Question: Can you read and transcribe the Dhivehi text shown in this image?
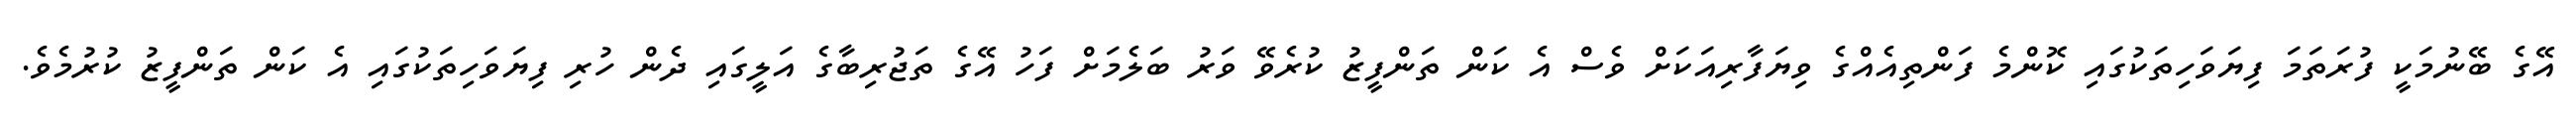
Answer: އޭގެ ބޭނުމަކީ ފުރަތަމަ ފިޔަވަހިތަކުގައި ކޮންމެ ފަންތިއެއްގެ ވިޔަފާރިއަކަށް ވެސް އެ ކަން ތަންފީޒު ކުރެވޭ ވަރު ބަލެމަށް ފަހު އޭގެ ތަޖުރިބާގެ އަލީގައި ދެން ހުރި ފިޔަވަހިތަކުގައި އެ ކަން ތަންފީޒު ކުރުމެވެ.